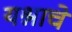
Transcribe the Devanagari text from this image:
यश्नाचे